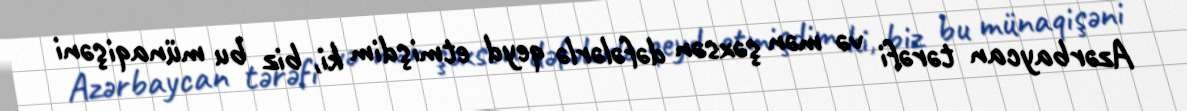
Azərbaycan tərəfi və mən şəxsən dəfələrlə qeyd etmişdim ki, biz bu münaqişəni